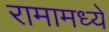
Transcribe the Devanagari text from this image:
रामामध्ये